Mediterranean fever in India - Number 22
Disease focus: Fever
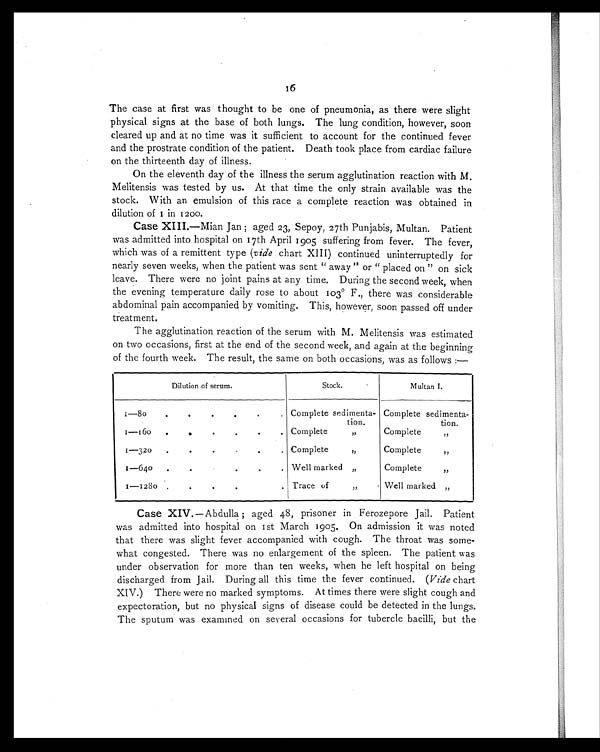
The case at first was thought to be one of pneumonia, as there were slight
physical signs at the base of both lungs. The lung condition, however, soon
cleared up and at no time was it sufficient to account for the continued fever
and the prostrate condition of the patient. Death took place from cardiac failure
on the thirteenth day of illness.
On the eleventh day of the illness the serum agglutination reaction with M.
Melitensis was tested by us. At that time the only strain available was the
stock. With an emulsion of this race a complete reaction was obtained in
dilution of 1 in 1200.
Case XIII .—Mian Jan ; aged 23, Sepoy, 27th Punjabis, Multan. Patient
was admitted into hospital on 17th April 1905 suffering from fever. The fever,
which was of a remittent type (vide chart XIII) continued uninterruptedly for
nearly seven weeks, when the patient was sent " away " or " placed on " on sick
leave. There were no joint pains at any time. During the second week, when
the evening temperature daily rose to about 103° F., there was considerable
abdominal pain accompanied by vomiting. This, however, soon passed off under
treatment.
The agglutination reaction of the serum with M. Melitensis was estimated
on two occasions, first at the end of the second week, and again at the beginning
of the fourth week. The result, the same on both occasions, was as follows:—
Dilution of serum.
Stock.
Multan I.
1—80
.
.
.
.
.
. Complete sedimenta-
tion.
Complete sedimenta-
tion.
1—160
.
.
.
.
. . Complete
,,
Complete , ,
1—320
.
.
.
.
. Complete
,,
Complete
,,
1-640
.
.
.
.
. Well marked „
Complete
,,
1—1280 .
.
.
. . Trace of ,,
Well marked „
Case XIV .— Abdulla ; aged 48, prisoner in Ferozepore Jail. Patient
was admitted into hospital on 1st March 1905. On admission it was noted
that there was slight fever accompanied with cough. The throat was some-
what congested. There was no enlargement of the spleen. The patient was
under observation for more than ten weeks, when he left hospital on being
discharged from Jail. During all this time the fever continued. (Vide chart
XIV.) There were no marked symptoms. At times there were slight cough and
expectoration, but no physical signs of disease could be detected in the lungs.
The sputum was examined on several occasions for tubercle bacilli, but the